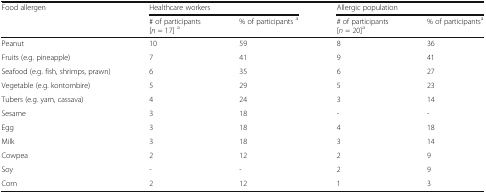
| <ROWSPAN=2> Food allergen | <COLSPAN=2> Healthcare workers | <COLSPAN=2> Allergic population |
 | # of participants[n = 17] a | % of participants a | # of participants[n = 20]a | % of participantsa |
 | --- | --- | --- | --- | --- |
 | Peanut | 10 | 59 | 8 | 36 |
 | Fruits (e.g. pineapple) | 7 | 41 | 9 | 41 |
 | Seafood (e.g. fish, shrimps, prawn) | 6 | 35 | 6 | 27 |
 | Vegetable (e.g. kontombire) | 5 | 29 | 5 | 23 |
 | Tubers (e.g. yam, cassava) | 4 | 24 | 3 | 14 |
 | Sesame | 3 | 18 | - | - |
 | Egg | 3 | 18 | 4 | 18 |
 | Milk | 3 | 18 | 3 | 14 |
 | Cowpea | 2 | 12 | 2 | 9 |
 | Soy | - | - | 2 | 9 |
 | Corn | 2 | 12 | 1 | 3 |